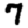
Digit: 7